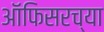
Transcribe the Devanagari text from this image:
ऑफिसरच्या